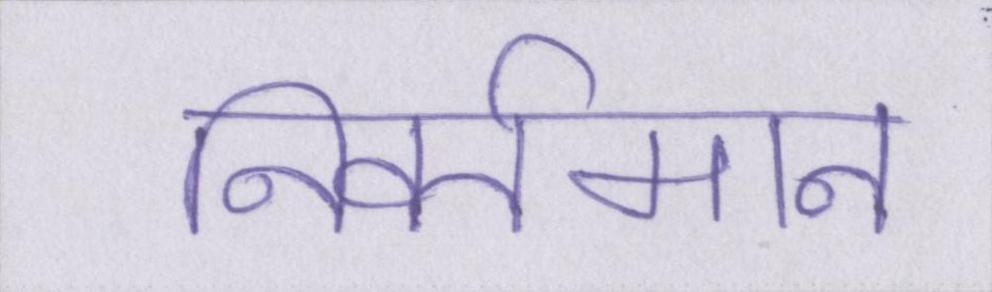
निवर्तमान